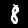
Label: 8